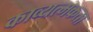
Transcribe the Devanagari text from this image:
काव्यत्मकता